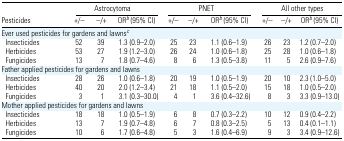
|  | <COLSPAN=3> Astrocytoma | <COLSPAN=3> PNET | <COLSPAN=3> All other types |
 | Pesticides | +/− | −/+ | ORb (95% CI) | +/− | −/+ | ORb (95% CI) | +/− | −/+ | ORb (95% CI) |
 | --- | --- | --- | --- | --- | --- | --- | --- | --- | --- |
 | <COLSPAN=10> Ever used pesticides for gardens and lawnsc |
 | Insecticides | 52 | 39 | 1.3 (0.9–2.0) | 25 | 23 | 1.1 (0.6–1.9) | 26 | 23 | 1.2 (0.7–2.0) |
 | Herbicides | 53 | 27 | 1.9 (1.2–3.0) | 26 | 24 | 1.0 (0.6–1.8) | 25 | 28 | 1.0 (0.6–1.8) |
 | Fungicides | 13 | 7 | 1.8 (0.7–4.6) | 8 | 6 | 1.3 (0.5–3.8) | 11 | 5 | 2.6 (0.9–7.6) |
 | <COLSPAN=10> Father applied pesticides for gardens and lawns |
 | Insecticides | 28 | 26 | 1.0 (0.6–1.8) | 20 | 19 | 1.0 (0.5–1.9) | 20 | 10 | 2.3 (1.0–5.0) |
 | Herbicides | 40 | 20 | 2.0 (1.2–3.4) | 21 | 18 | 1.1 (0.5–2.0) | 15 | 18 | 1.0 (0.5–2.0) |
 | Fungicides | 3 | 1 | 3.1 (0.3–30.0) | 4 | 1 | 3.6 (0.4–32.6) | 8 | 3 | 3.3 (0.9–13.0) |
 | <COLSPAN=10> Mother applied pesticides for gardens and lawns |
 | Insecticides | 18 | 18 | 1.0 (0.5–1.9) | 6 | 8 | 0.7 (0.3–2.2) | 10 | 12 | 0.9 (0.4–2.2) |
 | Herbicides | 13 | 7 | 1.9 (0.7–4.8) | 6 | 7 | 0.8 (0.3–2.5) | 5 | 13 | 0.4 (0.1–1.1) |
 | Fungicides | 10 | 6 | 1.7 (0.6–4.8) | 5 | 3 | 1.6 (0.4–6.9) | 9 | 3 | 3.4 (0.9–12.6) |